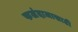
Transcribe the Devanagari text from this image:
फलंदाजासाठी